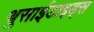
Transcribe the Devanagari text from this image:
थुसाईडाइड्स